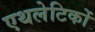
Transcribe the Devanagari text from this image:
एथलेटिकों